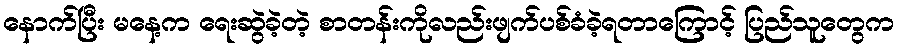
နောက်ပြီး မနေ့က ရေးဆွဲခဲ့တဲ့ စာတန်းကိုလည်းဖျက်ပစ်ခံခဲ့ရတာကြောင့် ပြည်သူတွေက